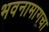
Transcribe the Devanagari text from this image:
भवनामागचा